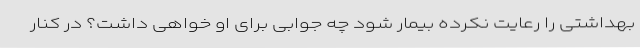
بهداشتی را رعایت نکرده بیمار شود چه جوابی برای او خواهی داشت؟ در کنار